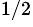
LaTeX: ^{1/2}